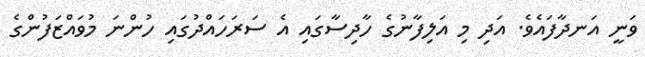
ވަނީ އަނދާފައެވެ. އަދި މި އަލިފާނުގެ ހާދިސާގައި އެ ސަރަހައްދުގައި ހުންނަ މުވައްޒަފުންގެ